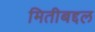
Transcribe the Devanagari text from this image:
मितीबद्दल